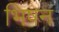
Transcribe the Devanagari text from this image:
भिषन